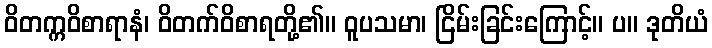
ဝိတက္ကဝိစာရာနံ၊ ဝိတက်ဝိစာရတို့၏။ ဝူပသမာ၊ ငြိမ်းခြင်းကြောင့်။ ပ။ ဒုတိယံ